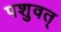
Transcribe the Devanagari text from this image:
पशुवत्